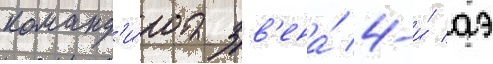
команд'и́ра зв'ена́ 4-и́ аэ